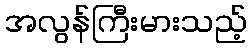
အလွန်ကြီးမားသည့်